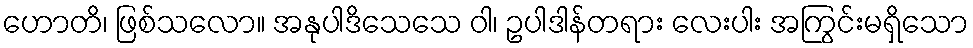
ဟောတိ၊ ဖြစ်သလော။ အနုပါဒိသေသေ ဝါ၊ ဥပါဒါန်တရား လေးပါး အကြွင်းမရှိသော